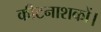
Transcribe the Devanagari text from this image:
कीटनाशकों।